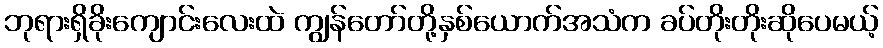
ဘုရားရှိခိုးကျောင်းလေးထဲ ကျွန်တော်တို့နှစ်ယောက်အသံက ခပ်တိုးတိုးဆိုပေမယ့်